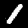
Digit: 1